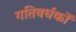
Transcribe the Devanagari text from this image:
गतिवर्धकों